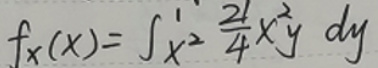
\[
f_X(x)=\int_{x^2}^{1} \frac{21}{4}x^{2}y\ dy
\]